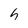
Character: h